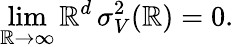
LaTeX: \operatorname*{lim}_{\mathbb{R}\to\infty}\mathbb{R}^{d}\mathinner{\sigma_{V}^{2}\mathopen{\left(\mathbb{R}\right)}}=0.